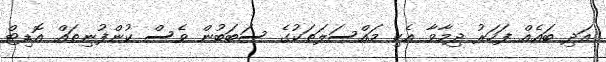
އަދި ބައެއް ފަހަރު ދިމާވާ އެކި މައްސަލަތަކުގެ ސަބަބުން ވެސް ކުންފުނިތައް އޮޑިޓް